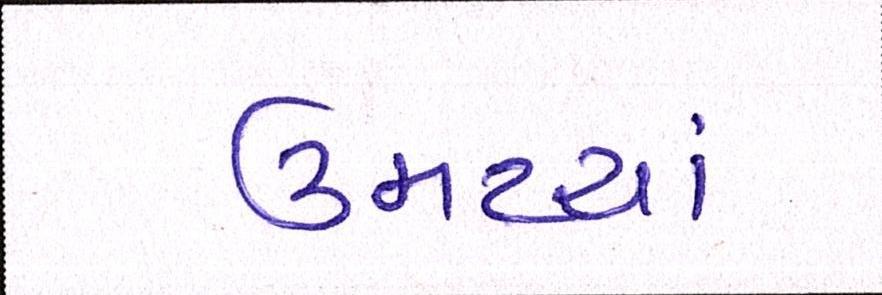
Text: ઉમટયાં